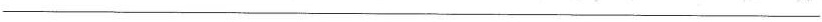
___